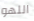
اللهو